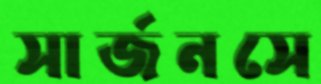
সার্জনসে